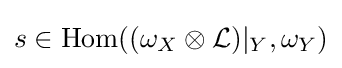
s\in {\text{Hom}}((\omega _{X}\otimes {\mathcal {L}})|_{Y},\omega _{Y})